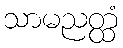
သာမညတ္ထံ